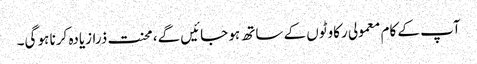
آپ کے کام معمولی رکاوٹوں کے ساتھ ہو جائیں گے، محنت ذرازیادہ کرنا ہو گی۔